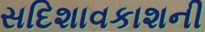
સદિશાવકાશની